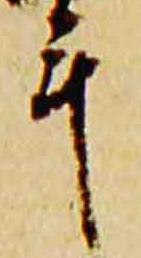
年